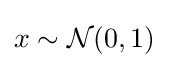
{\textstyle x\sim {\mathcal {N}}(0,1)}